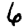
Digit: 6